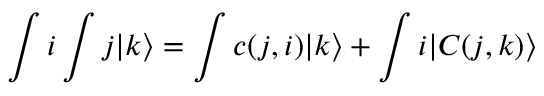
\int i \int j | k \rangle = \int c ( j , i ) | k \rangle + \int i | C ( j , k ) \rangle